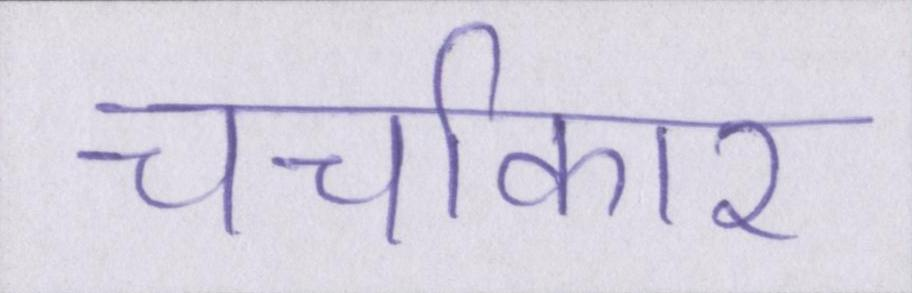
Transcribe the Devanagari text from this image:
चर्चाकार